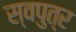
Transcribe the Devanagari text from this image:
स्वपुत्र